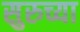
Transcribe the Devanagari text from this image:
सुरुच्या